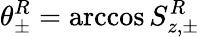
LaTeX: \theta_{\pm}^{R}=\operatorname{arccos}S_{z,\pm}^{R}